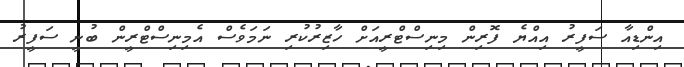
އިންޑިއާ ސަފީރު އިއްޔެ ފޮރިން މިނިސްޓްރީއަށް ހާޒިރުކުރި ނަމަވެސް އެމިނިސްޓްރީން ބުނީ ސަފީރު